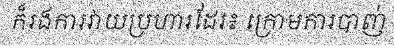
ក៏រងការវាយប្រហារដែរ៖ ក្រោមការបាញ់